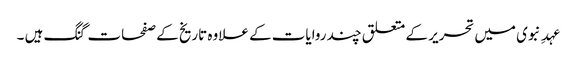
عہدِ نبوی میں تحریر کے متعلق چند روایات کے علاوہ تاریخ کے صفحات گنگ ہیں ۔